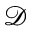
\mathcal { D }